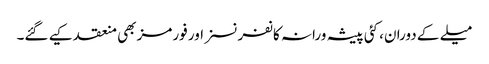
میلے کے دوران، کئی پیشہ ورانہ کانفرنسز اور فورمز بھی منعقد کیے گئے۔